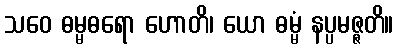
သဝေ ဓမ္မဓရော ဟောတိ၊ ယော ဓမ္မံ နပ္ပမဇ္ဇတိ။